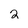
Character: 2